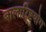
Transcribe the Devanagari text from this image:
बालारिष्टयोग